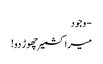
- وجود
میرا کشمیر چھوڑ دو!